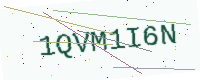
Text: 1QVM1I6N